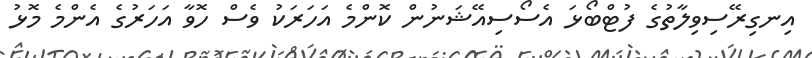
އިނގިރޭސިވިލާތުގެ ފުޓްބޯޅަ އެސޯސިއޭޝަނުން ކޮންމެ އަހަރަކު ވެސް ހޮވާ އަހަރުގެ އެންމެ މޮޅު